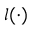
l ( \cdot )